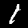
Label: 1